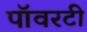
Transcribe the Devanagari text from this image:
पॉवरटी